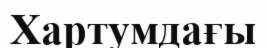
Хартумдағы